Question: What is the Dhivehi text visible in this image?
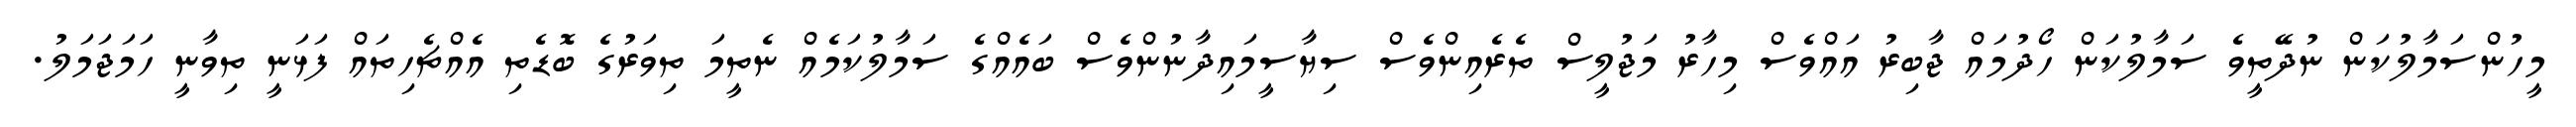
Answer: މީހުންސަމާލުކަން ނުދޭތީވެ ސަމާލުކަން ހޯދުމައް ޖާބިރު އައްވެސް މިހާރު މަޖުލީސް ތެރެއިންވެސް ސިޔާސީމައިދާނުންވެސް ބައެއްގެ ސަމާލުކަމެއް ނެތީމަ ތިވަރުގެ ބޮޑެތި އެއްޗެހިތައް ފަޅަނީ ތިވާނީ ހަމަޖަމަލު.